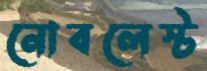
নোবলেস্ট